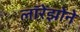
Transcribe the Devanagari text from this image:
लॉरेंझोने